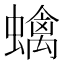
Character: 蠄